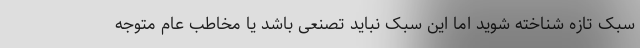
سبک تازه شناخته شوید اما این سبک نباید تصنعی باشد یا مخاطب عام متوجه